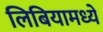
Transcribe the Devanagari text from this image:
लिबियामध्ये